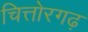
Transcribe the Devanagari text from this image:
चित्तोरगढ़